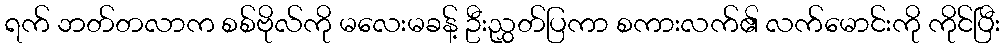
ရက် ဘတ်တလာက စစ်ဗိုလ်ကို မလေးမခန့် ဦးညွှတ်ပြကာ စကားလက်၏ လက်မောင်းကို ကိုင်ပြီး